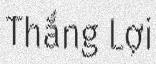
Thắng Lợi